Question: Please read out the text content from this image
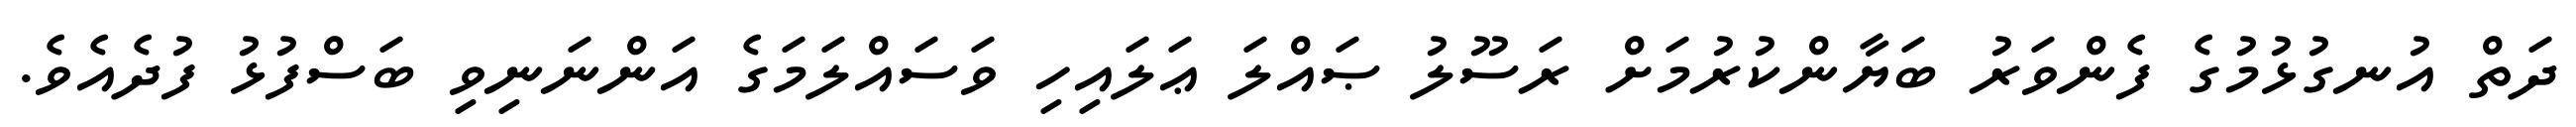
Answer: ދަތް އުނގުޅުމުގެ ފެންވަރު ބަޔާންކުރުމަށް ރަސޫލު ޞައްލަ ޢަލައިހި ވަސައްލަމަގެ އަންނަނިވި ބަސްފުޅު ފުދެއެވެ.